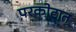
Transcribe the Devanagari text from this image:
परकोटात